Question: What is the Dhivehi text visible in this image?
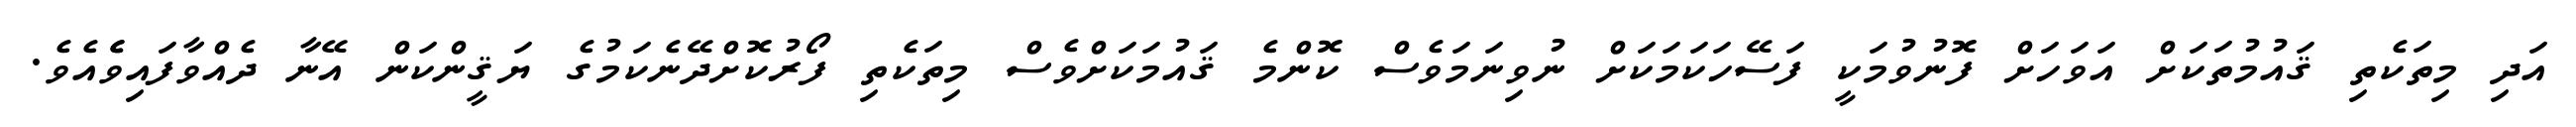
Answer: އަދި މިތަކެތި ޤައުމުތަކަށް އަވަހަށް ފޮނުވުމަކީ ފަސޭހަކަމަކަށް ނުވިނަމަވެސް ކޮންމެ ޤައުމަކަށްވެސް މިތަކެތި ފޯރުކޮށްދޭނެކަމުގެ ޔަޤީންކަން އޭނާ ދެއްވާފައިވެެއެވެ.